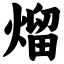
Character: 熘